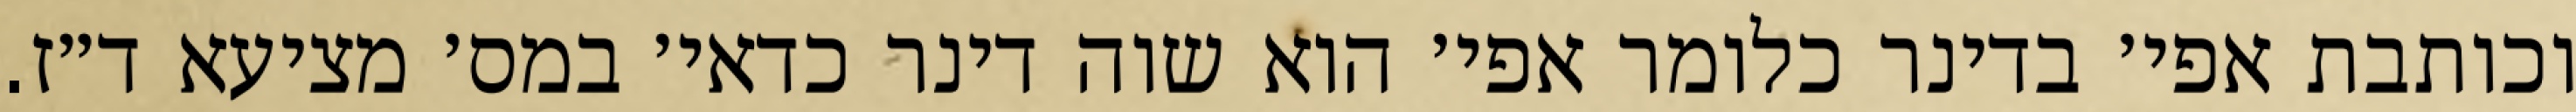
וכותבת אפי׳ בדינר כלומר אפי׳ הוא שוה דינר כדאי׳ במס׳ מציעא ד״ז.